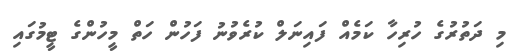
މި ދަތުރުގެ ހުރިހާ ކަމެއް ފައިނަލް ކުރެވުނު ފަހުން ހަތް މީހުންގެ ޓީމުގައި